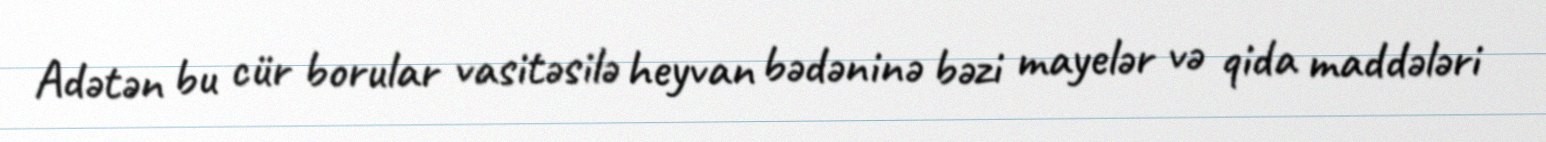
Adətən bu cür borular vasitəsilə heyvan bədəninə bəzi mayelər və qida maddələri